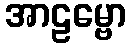
အာဠမ္ဗော